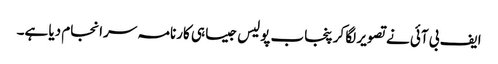
ایف بی آئی نے تصویر لگا کر پنجاب پولیس جیسا ہی کارنامہ سرانجام دیا ہے۔